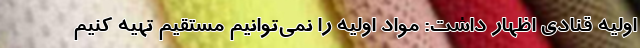
اولیه قنادی اظهار داشت: مواد اولیه را نمی‌توانیم مستقیم تهیه کنیم